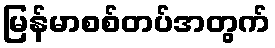
မြန်မာစစ်တပ်အတွက်